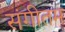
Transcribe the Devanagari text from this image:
संगीतम